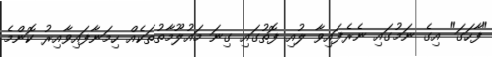
"ފާހަގަ" އިގެ ނަމުގައި ނެރެފައިވާ ލުއި ފޮތުގައި ގިނަ މައުލޫމާތުތަކެއް ހިމަނާފައިވާއިރު ކޮންމެ